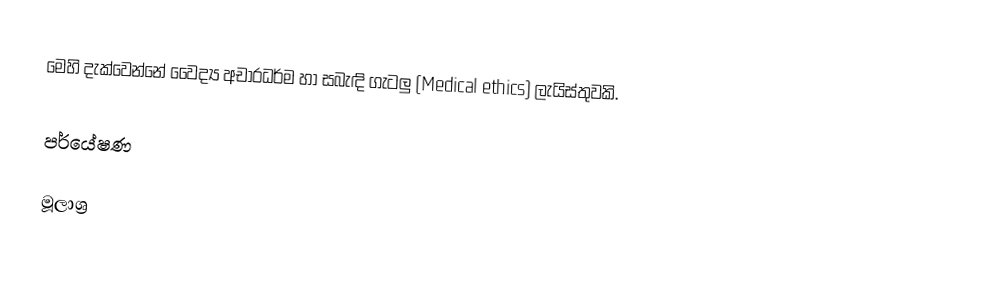
මෙහි දැක්වෙන්නේ වෛද්‍ය අචාරධර්ම හා සබැඳි ගැටලු (Medical ethics) ලැයිස්තුවකි.

පර්යේෂණ

මූලාශ්‍ර